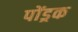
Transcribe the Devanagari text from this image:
पोंड्रक